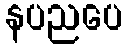
နပညပေ